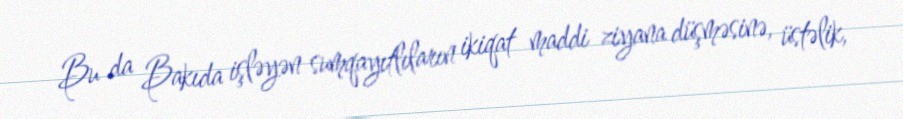
Bu da Bakıda işləyən sumqayıtlıların ikiqat maddi ziyana düşməsinə, üstəlik,